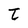
Character: t